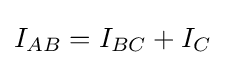
I_{AB}=I_{BC}+I_{C}